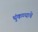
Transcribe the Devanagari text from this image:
थुंकण्याचे